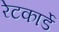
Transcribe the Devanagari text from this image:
रेटकार्डे